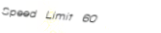
Speed Limit 60